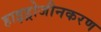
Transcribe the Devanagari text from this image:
हाइड्रोजीनकरण